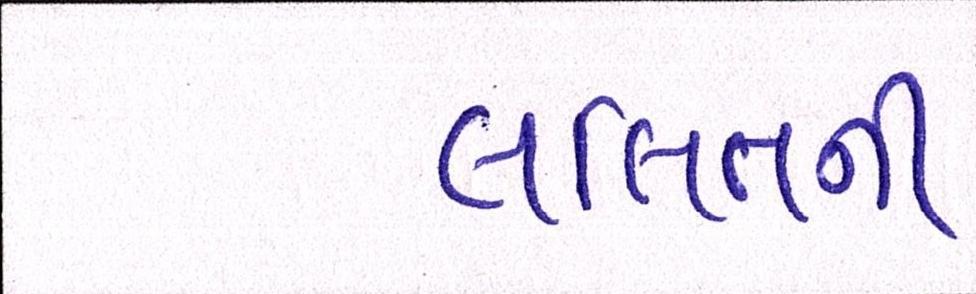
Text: લલિતની